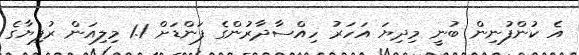
އެ ކުންފުނިން ބުނީ މިދިޔަ އަހަރު ހިއްސާދާރުންގެ ފަންޑަށް 1.1 މިލިއަން ރުފިޔާގެ